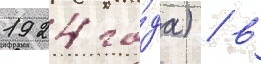
1924 го́да) / в